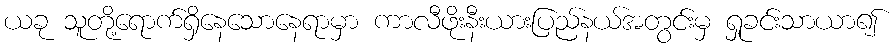
ယခု သူတို့ရောက်ရှိနေသောနေရာမှာ ကာလီဖိုးနီးယားပြည်နယ်အတွင်းမှ ရှုခင်းသာယာ၍